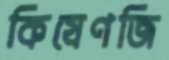
কিষেণজি